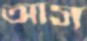
আস